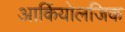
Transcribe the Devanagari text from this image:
आर्कियोलजिक